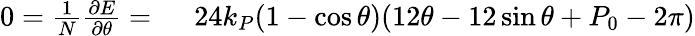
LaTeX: \begin{array}{rl}{0=\frac 1N\frac{\partial E}{\partial\theta}=~}&{{}24k_{P}(1-\cos\theta)(12\theta-12\sin\theta+P_{0}-2\pi)}\end{array}